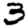
Digit: 3